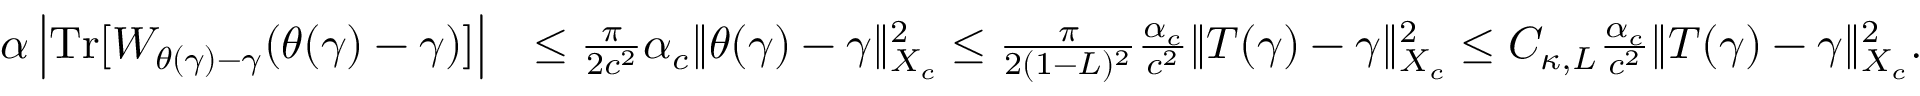
\begin{array} { r l } { \alpha \left| { \mathrm { T r } } [ W _ { \theta ( \gamma ) - \gamma } ( \theta ( \gamma ) - \gamma ) ] \right| } & { \leq \frac { \pi } { 2 c ^ { 2 } } \alpha _ { c } \| \theta ( \gamma ) - \gamma \| _ { X _ { c } } ^ { 2 } \leq \frac { \pi } { 2 ( 1 - L ) ^ { 2 } } \frac { \alpha _ { c } } { c ^ { 2 } } \| T ( \gamma ) - \gamma \| _ { X _ { c } } ^ { 2 } \leq C _ { \kappa , L } \frac { \alpha _ { c } } { c ^ { 2 } } \| T ( \gamma ) - \gamma \| _ { X _ { c } } ^ { 2 } . } \end{array}